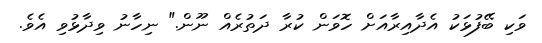
ވަކި ބޭފުޅަކު އެދާއިރާއަށް ހޮވަން ކުރާ ދަތުރެއް ނޫން." ނިހާނު ވިދާޅުވި އެވެ.